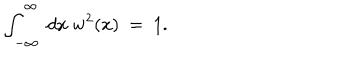
LaTeX: \int _ { - \infty } ^ { \infty } ~ d x ~ w ^ { 2 } ( x ) ~ = ~ 1 .